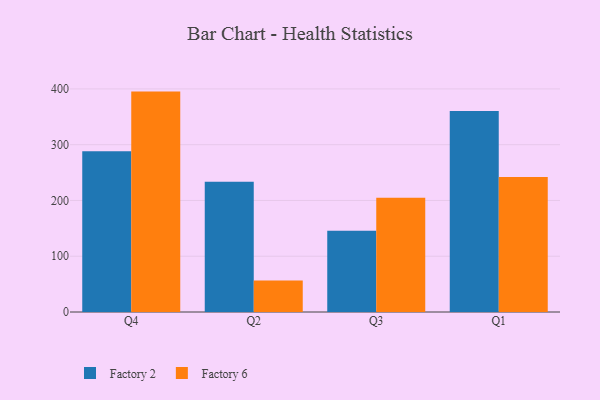
{"axis": {"x": "Quarter", "y": "Net Income (USD K)"}, "legend": ["Factory 2", "Factory 6"], "data": [{"x": "Q4", "y": 288.3, "type": "Factory 2"}, {"x": "Q4", "y": 395.2, "type": "Factory 6"}, {"x": "Q2", "y": 233.6, "type": "Factory 2"}, {"x": "Q2", "y": 56.3, "type": "Factory 6"}, {"x": "Q3", "y": 145.8, "type": "Factory 2"}, {"x": "Q3", "y": 204.7, "type": "Factory 6"}, {"x": "Q1", "y": 360.3, "type": "Factory 2"}, {"x": "Q1", "y": 242.2, "type": "Factory 6"}]}